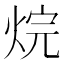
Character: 烷